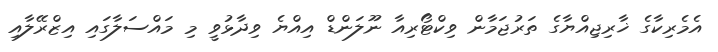
އެމެރިކާގެ ޚާރިޖިއްޔާގެ ތަރުޖަމާން ވިކްޓޯރިއާ ނޫލަންޑް އިއްޔެ ވިދާޅުވީ މި މައްސަލާގައި އިޒްރޭލާއި